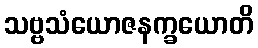
သဗ္ဗသံယောဇနက္ခယောတိ